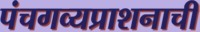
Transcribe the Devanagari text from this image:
पंचगव्यप्राशनाची